Civil Veterinary Department. Madras. Admin. report 1926-33 - 1926-1933
Year: 1926
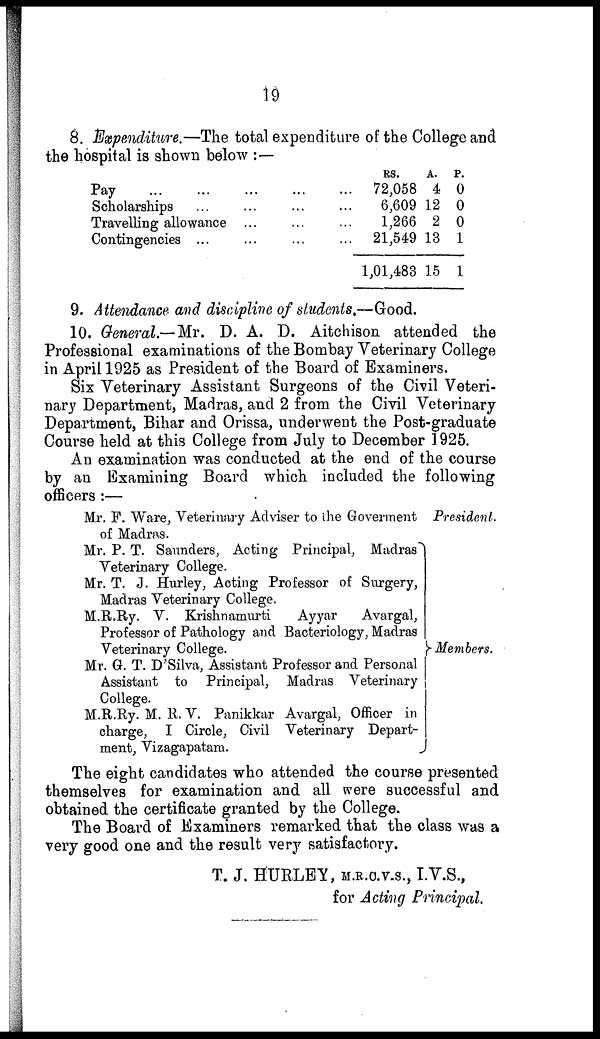
19
8. Expenditure.—The total expenditure of the College and
the hospital is shown below :—
Pay ... ...
Scholarships
Travelling allowance
Contingencies ...
...
...
...
...
...
...
...
...
...
...
...
...
RS.
72,058
6,609
1,266
21,549
1,01,483
A.
4
12
2
13
15
P.
0
0
0
1
1
9. Attendance and discipline of students.—Good.
10. General.—Mr. D. A. D. Aitchison attended the
Professional examinations of the Bombay Veterinary College
in April 1925 as President of the Board of Examiners.
Six Veterinary Assistant Surgeons of the Civil Veteri-
nary Department, Madras, and 2 from the Civil Veterinary
Department, Bihar and Orissa, underwent the Post-graduate
Course held at this College from July to December 1925.
An examination was conducted at the end of the course
by an Examining Board which included the following
officers :—
Mr. F. Ware, Veterinary Adviser to the Goverment
of Madras.
Mr. P. T. Saunders, Acting Principal, Madras
Veterinary College.
Mr. T. J. Hurley, Acting Professor of Surgery,
Madras Veterinary College.
M.R.Ry. V. Krishnamurti
Ayyar
Avargal,
Professor of Pathology and Bacteriology, Madras
Veterinary College.
Mr. G. T. D'Silva, Assistant Professor and Personal
Assistant to Principal, Madras Veterinary
College.
M.R.Ry. M. R. V. Panikkar Avargal, Officer in
charge, I Circle, Civil Veterinary Depart-
ment, Vizagapatam.
President.
Members.
The eight candidates who attended the course presented
themselves for examination and all were successful and
obtained the certificate granted by the College.
The Board of Examiners remarked that the class was a
very good one and the result very satisfactory.
T. J. HURLEY, H.R.C.V.S., I.V.S.,
for Acting Principal.